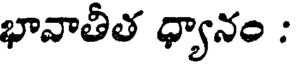
భావాతీత ధ్యానం :